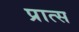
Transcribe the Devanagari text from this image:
प्रात्स